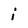
Character: i